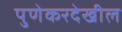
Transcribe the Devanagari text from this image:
पुणेकरदेखील